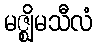
မဇ္ဈိမသီလံ